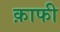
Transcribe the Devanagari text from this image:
क़ाफी